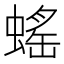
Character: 𧎼